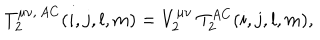
LaTeX: T _ { 2 } ^ { \mu \nu , \, A C } ( i , j , l , m ) = V _ { 2 } ^ { \mu \nu } \: T _ { 2 } ^ { A C } ( i , j , l , m ) ,